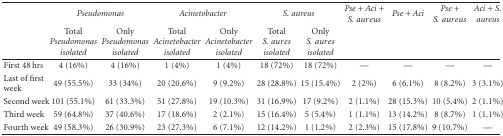
<table><thead><tr><td></td><td colspan="2"><b><i>Pseudomonas</i></b></td><td colspan="2"><b><i>Acinetobacter</i></b></td><td colspan="2"><b><i>S. aureus</i></b></td><td><b><i>Pse + Aci + S</i>.<i>aureus</i></b></td><td><b><i>Pse + Aci</i></b></td><td><b><i>Pse + S</i>.<i>aureus</i></b></td><td><b><i>Aci + S. aureus</i></b></td></tr><tr><td></td><td><b>Total <i>Pseudomonas isolated </i></b></td><td><b>Only <i>Pseudomonas isolated </i></b></td><td><b>Total <i>Acinetobacter isolated </i></b></td><td><b>Only <i>Acinetobacter isolated </i></b></td><td><b>Total <i>S</i>.<i>aures isolated </i></b></td><td><b>Only <i>S</i>.<i>aures isolated </i></b></td><td></td><td></td><td></td><td></td></tr></thead><tbody><tr><td>First 48 hrs</td><td>4 (16%)</td><td>4 (16%)</td><td>1 (4%)</td><td>1 (4%)</td><td>18 (72%)</td><td>18 (72%)</td><td>—</td><td>—</td><td>—</td><td>—</td></tr><tr><td>Last of first week</td><td>49 (55.5%)</td><td>33 (34%)</td><td>20 (20.6%)</td><td>9 (9.2%)</td><td>28 (28.8%)</td><td>15 (15.4%)</td><td>2 (2%)</td><td>6 (6.1%)</td><td>8 (8.2%)</td><td>3 (3.1%)</td></tr><tr><td>Second week</td><td>101(55.1%)</td><td>61 (33.3%)</td><td>51 (27.8%)</td><td>19 (10.3%)</td><td>31 (16.9%)</td><td>17 (9.2%)</td><td>2 (1.1%)</td><td>28 (15.3%)</td><td>10 (5.4%)</td><td>2 (1.1%)</td></tr><tr><td>Third week</td><td>59 (64.8%)</td><td>37 (40.6%)</td><td>17 (18.6%)</td><td>2 (2.1%)</td><td>15 (16.4%)</td><td>5 (5.4%)</td><td>1 (1.1%)</td><td>13 (14.2%)</td><td>8 (8.7%)</td><td>1 (1.1%)</td></tr><tr><td>Fourth week</td><td>49 (58.3%)</td><td>26 (30.9%)</td><td>23 (27.3%)</td><td>6 (7.1%)</td><td>12 (14.2%)</td><td>1 (1.2%)</td><td>2 (2.3%)</td><td>15 (17.8%)</td><td>9 (10.7%)</td><td>—</td></tr></tbody></table>